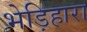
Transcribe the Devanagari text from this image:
भेड़िहारा